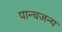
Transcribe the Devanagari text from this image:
पान्चजन्य